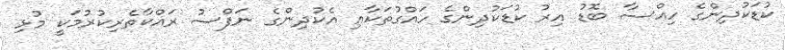
ކުޑަކުދިންގެ ހިއްސާ ބޮޑު އިރު ކުޑަކުދިންގެ ހައްގުތަކާއި އެކުދިންގެ ނަފްސު ރައްކާތެރިކުރުމަކީ މުޅި